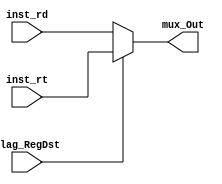
module Mux_InstructionMemory (inst_rt, inst_rd, flag_RegDst, mux_Out);

	input [4:0] inst_rt, inst_rd;
	input flag_RegDst;
	output reg [4:0] mux_Out;

	always@(*)
	begin
		if (flag_RegDst)
			mux_Out = inst_rt;
		else 
			mux_Out = inst_rd;
	end
	
endmodule